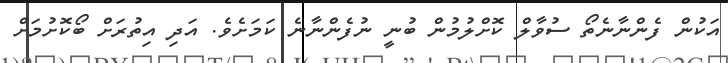
އަކުން ފެންނާނެތޯ ސުވާލް ކޮށްލުމުން ބުނީ ނުފެންނާނެ ކަމަށެވެ. އަދި އިތުރަށް ބޯކޮށުމަށް